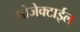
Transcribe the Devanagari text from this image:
प्रोजेक्टाईल